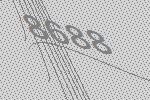
8688